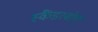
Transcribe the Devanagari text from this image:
स्कैंडरबोर्ग